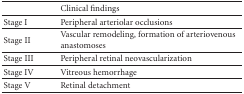
|  | Clinical findings |
 | --- | --- |
 | Stage I | Peripheral arteriolar occlusions |
 | Stage II | Vascular remodeling, formation of arteriovenous anastomoses |
 | Stage III | Peripheral retinal neovascularization |
 | Stage IV | Vitreous hemorrhage |
 | Stage V | Retinal detachment |